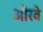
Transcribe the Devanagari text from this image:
औरवे